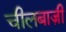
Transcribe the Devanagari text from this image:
चीलबाज़ी